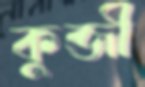
কুব্জী